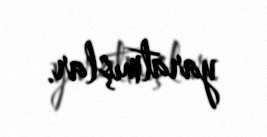
yaratmışlar.